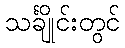
သင်္ချိုင်းတွင်